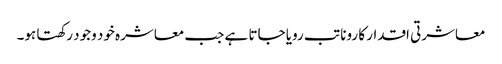
معاشرتی اقدار کا رونا تب رویا جاتا ہے جب معاشرہ خود وجود رکھتا ہو۔